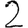
Digit: 2